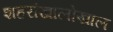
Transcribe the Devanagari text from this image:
शहरांखालोखाल